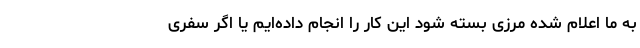
به ما اعلام شده مرزی بسته شود این کار را انجام داده‌ایم یا اگر سفری